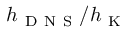
h _ { \mathrm { ~ D ~ N ~ S ~ } } / h _ { \mathrm { ~ K ~ } }